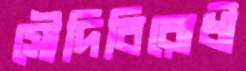
সৌদিবিরোধী